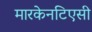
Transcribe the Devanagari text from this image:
मारकेनटिएसी